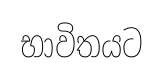
භාවිතයට